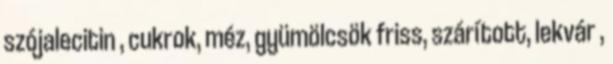
szójalecitin , cukrok, méz, gyümölcsök friss, szárított, lekvár ,